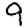
Digit: 9